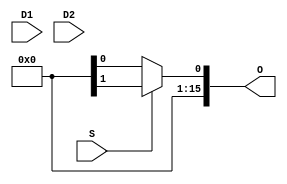
module Mux_2x1(
    input S,
    input [15:0] D1,
    input [15:0] D2,
    output [15:0] O
    );
    
    assign O = (S == 1'b0) ? D0 : d1;
endmodule